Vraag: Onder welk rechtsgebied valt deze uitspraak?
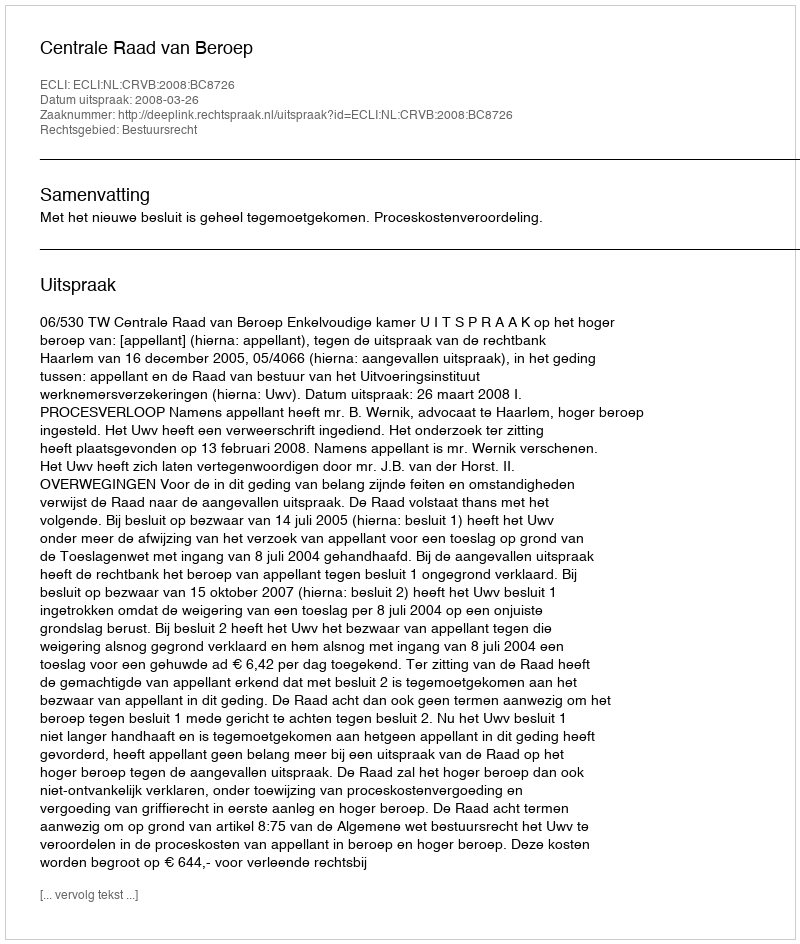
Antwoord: Bestuursrecht